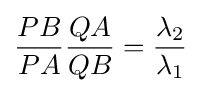
{\frac {PB}{PA}}{\frac {QA}{QB}}={\frac {\lambda _{2}}{\lambda _{1}}}